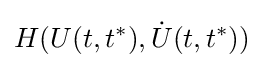
H(U(t,t^{*}),{\dot {U}}(t,t^{*}))